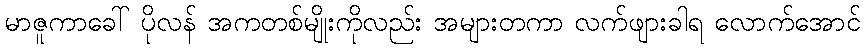
မာဇူကာခေါ် ပိုလန် အကတစ်မျိုးကိုလည်း အများတကာ လက်ဖျားခါရ လောက်အောင်